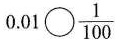
0.01\circ \bigcirc \frac {1}{100}